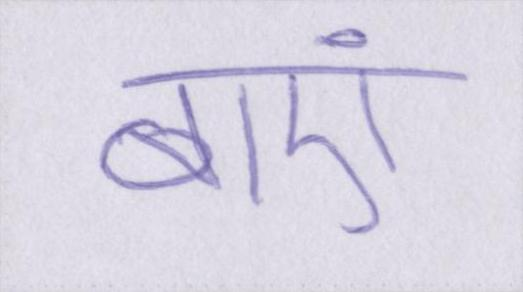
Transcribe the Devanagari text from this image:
बाएं